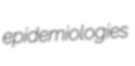
epidemiologies